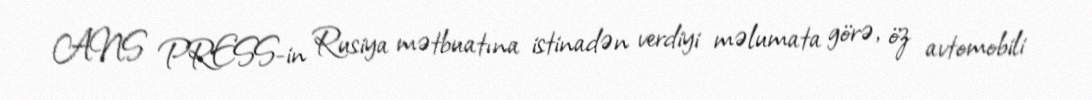
ANS PRESS-in Rusiya mətbuatına istinadən verdiyi məlumata görə, öz avtomobili